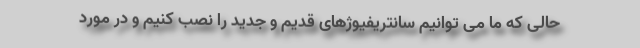
حالی که ما می توانیم سانتریفیوژهای قدیم و جدید را نصب کنیم و در مورد